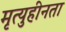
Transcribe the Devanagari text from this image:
मृत्युहीनता